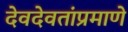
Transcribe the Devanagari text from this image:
देवदेवतांप्रमाणे